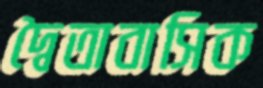
দ্বৈতাবাসিক